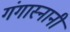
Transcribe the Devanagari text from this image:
गंगास्नानी